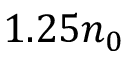
1 . 2 5 n _ { 0 }